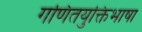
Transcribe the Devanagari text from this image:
गणितयुक्तिभाषा